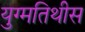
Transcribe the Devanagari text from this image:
युग्मतिथीस